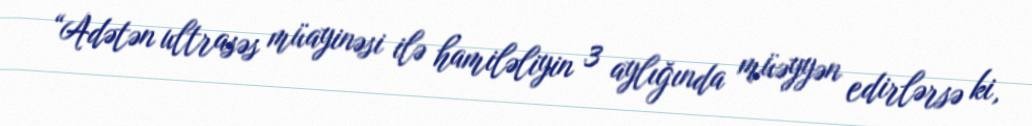
“Adətən ultrasəs müayinəsi ilə hamiləliyin 3 aylığında müəyyən edirlərsə ki,